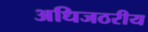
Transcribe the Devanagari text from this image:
अधिजठरीय